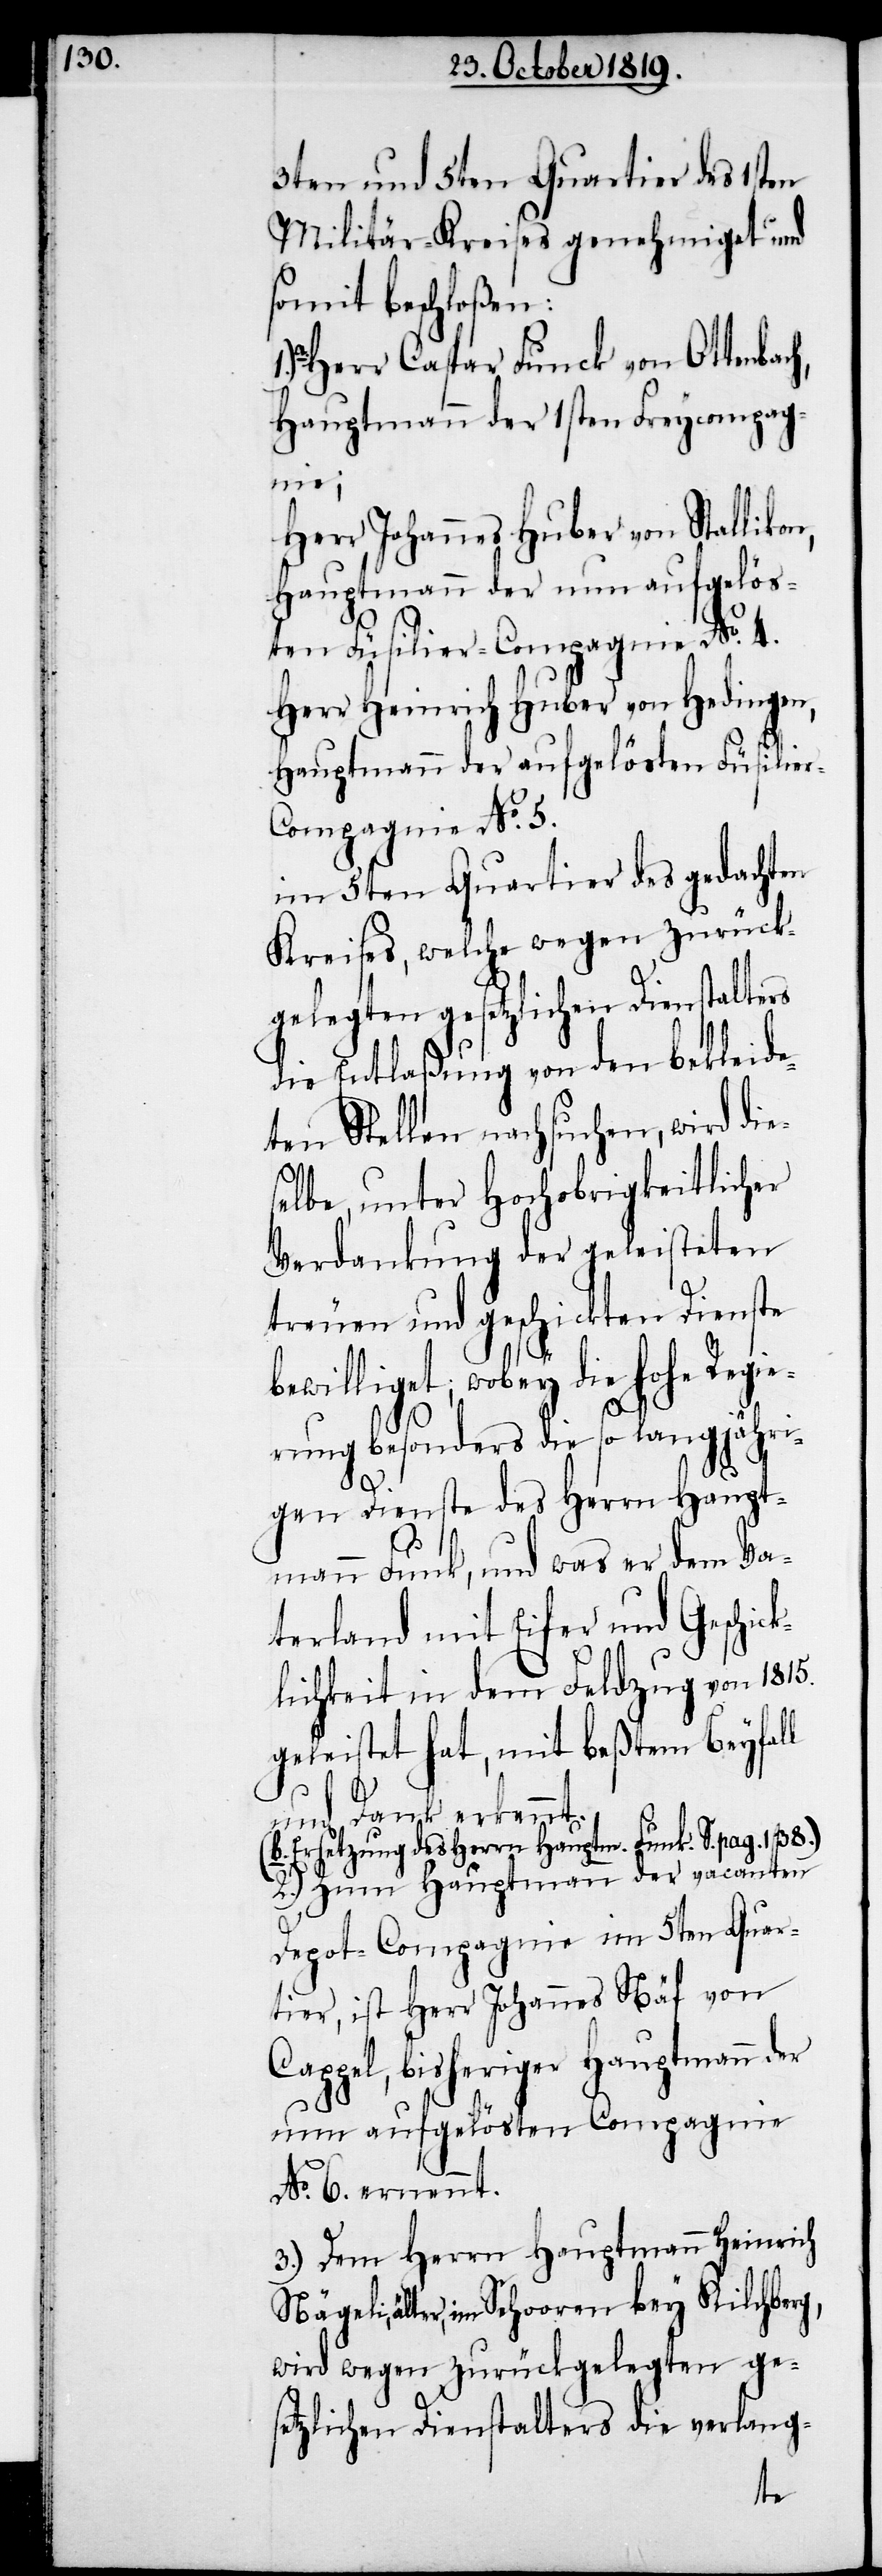
3ten und 5ten Quartier des 1sten
Militär-Kreises genehmiget und
somit beschloßen:
Herr Caspar Funck von Ottenbac¬
Hauptmann der 1sten Freycompag¬
ie¬
Herr Johannes Huber von Stalliko¬
Hauptmann der nun aufgelös¬
ten Füsilier-Compagnie No. 4.
Herr Heinrich Huber von Hedingen,
Hauptmann der aufgelösten Füsilie¬
r-Compagnie No. 5.
im 5ten Quartier des gedachten
Kreises, welche wegen zurück¬
gelegten gesetzlichen Dienstalters
die Entlaßung von den bekleid¬
eten Stellen nachsuchen, wird die¬
selbe, unter Hochobrigkeitlicher
Verdankung der geleisteten
treuen und geschickten Dienste
ewilligt; wobey die hohe Reg¬
rung besonders die so langjähri¬
h,
b¬
gen Dienste des Herrn Haupt¬
mann Funk, und was er dem Va¬
terland mit Eifer und Geschic¬
klichkeit in dem Feldzug von 1815
geleistet hat, mit beßtem Beyfall
und Dank erkennt.
Ersetzung des Herrn Hauptm. Funk. S. pag. 138.)
2.) Zum Hauptmann der vacanten
Depot-Compagnie im 5ten Quar¬
tier, ist Herr Johannes Näf von
Cappel, bisheriger Hauptmann der
nun aufgelösten Compagnie
No. 6. ernennt.
3.) Dem Herrn Hauptmann Heinrich
Nägeli, älter, im Sehooren bey Kilchberg,
wird wegen zurückgelegten ge¬
setzlichen Dienstalters die verlang-